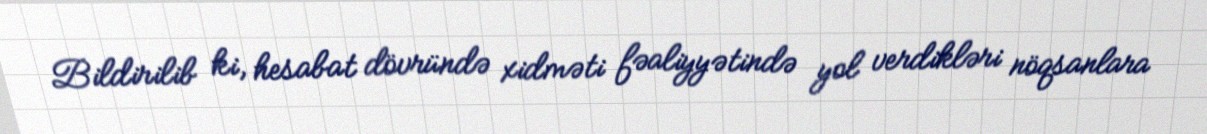
Bildirilib ki, hesabat dövründə xidməti fəaliyyətində yol verdikləri nöqsanlara